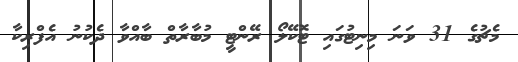
މެޗުގެ 31 ވަނަ މިނިޓުގައި ޓޮކޭލޯ ރޭންޓީ މުބާރާތް ބާއްވާ ދެކުނު އެފްރިކާ